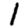
Digit: 1